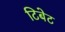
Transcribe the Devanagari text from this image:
टिबेट